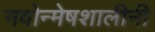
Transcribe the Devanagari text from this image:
नवोन्मेषशालीनी